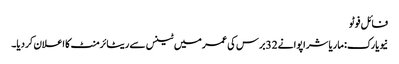
فائل فوٹو
نیویارک: ماریا شراپوا نے 32برس کی عمر میں ٹینس سے ریٹائرمنٹ کا اعلان کردیا۔